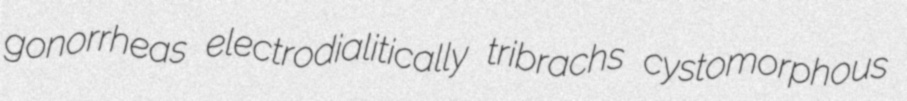
gonorrheas electrodialitically tribrachs cystomorphous